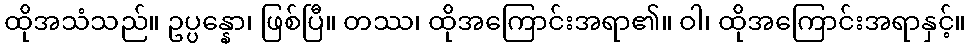
ထိုအသံသည်။ ဥပ္ပန္နော၊ ဖြစ်ပြီ။ တဿ၊ ထိုအကြောင်းအရာ၏။ ဝါ၊ ထိုအကြောင်းအရာနှင့်။